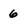
Character: 6